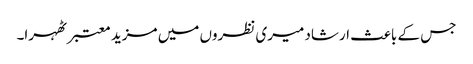
جس کے باعث ارشاد میری نظروں میں مزید معتبر ٹھہرا۔